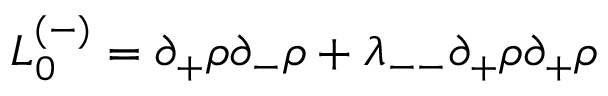
{ \cal L } _ { 0 } ^ { ( - ) } = \partial _ { + } \rho \partial _ { - } \rho + \lambda _ { -- } \partial _ { + } \rho \partial _ { + } \rho